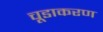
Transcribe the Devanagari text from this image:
चूडाकरण